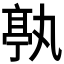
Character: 𠅶